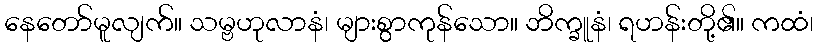
နေတော်မူလျက်။ သမ္ဗဟုလာနံ၊ များစွာကုန်သော။ ဘိက္ခူနံ၊ ရဟန်းတို့၏။ ကထံ၊